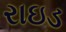
રાઇડ